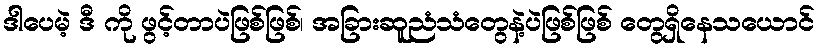
ဒါပေမဲ့ ဒီ ကို ဖွင့်တာပဲဖြစ်ဖြစ်၊ အခြားဆူညံသံတွေနဲ့ပဲဖြစ်ဖြစ် တွေရှိနေသယောင်